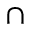
\cap